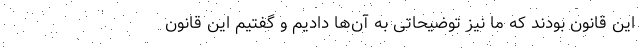
این قانون بودند که ما نیز توضیحاتی به آن‌ها دادیم و گفتیم این قانون